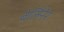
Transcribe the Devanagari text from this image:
बेर्लिनेर